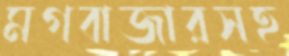
মগবাজারসহ